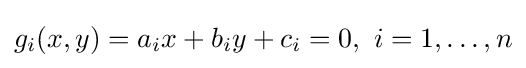
g_{i}(x,y)=a_{i}x+b_{i}y+c_{i}=0,\ i=1,\dotsc ,n